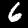
Digit: 6